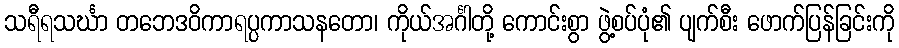
သရီရသင်္ဃာ တဘေဒဝိကာရပ္ပကာသနတော၊ ကိုယ်အင်္ဂါတို့ ကောင်းစွာ ဖွဲ့စပ်ပုံ၏ ပျက်စီး ဖောက်ပြန်ခြင်းကို